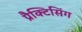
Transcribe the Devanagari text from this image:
प्रैक्टिसिंग